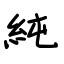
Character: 純